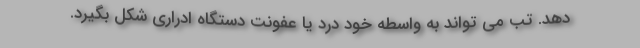
دهد. تب می تواند به واسطه خود درد یا عفونت دستگاه ادراری شکل بگیرد.